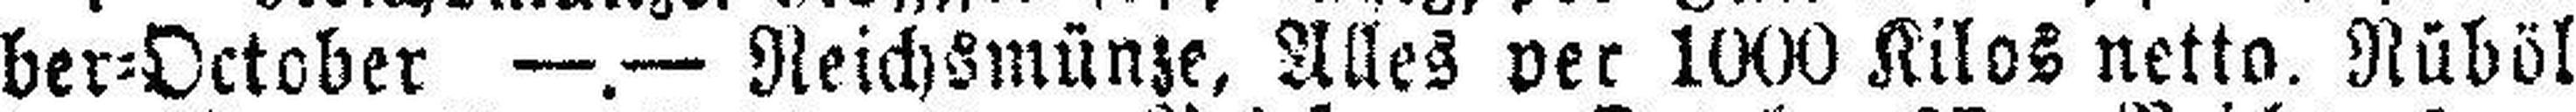
ber=October —.— Reichsmünze, Alles per 1000 Kilos netto. Rüböl